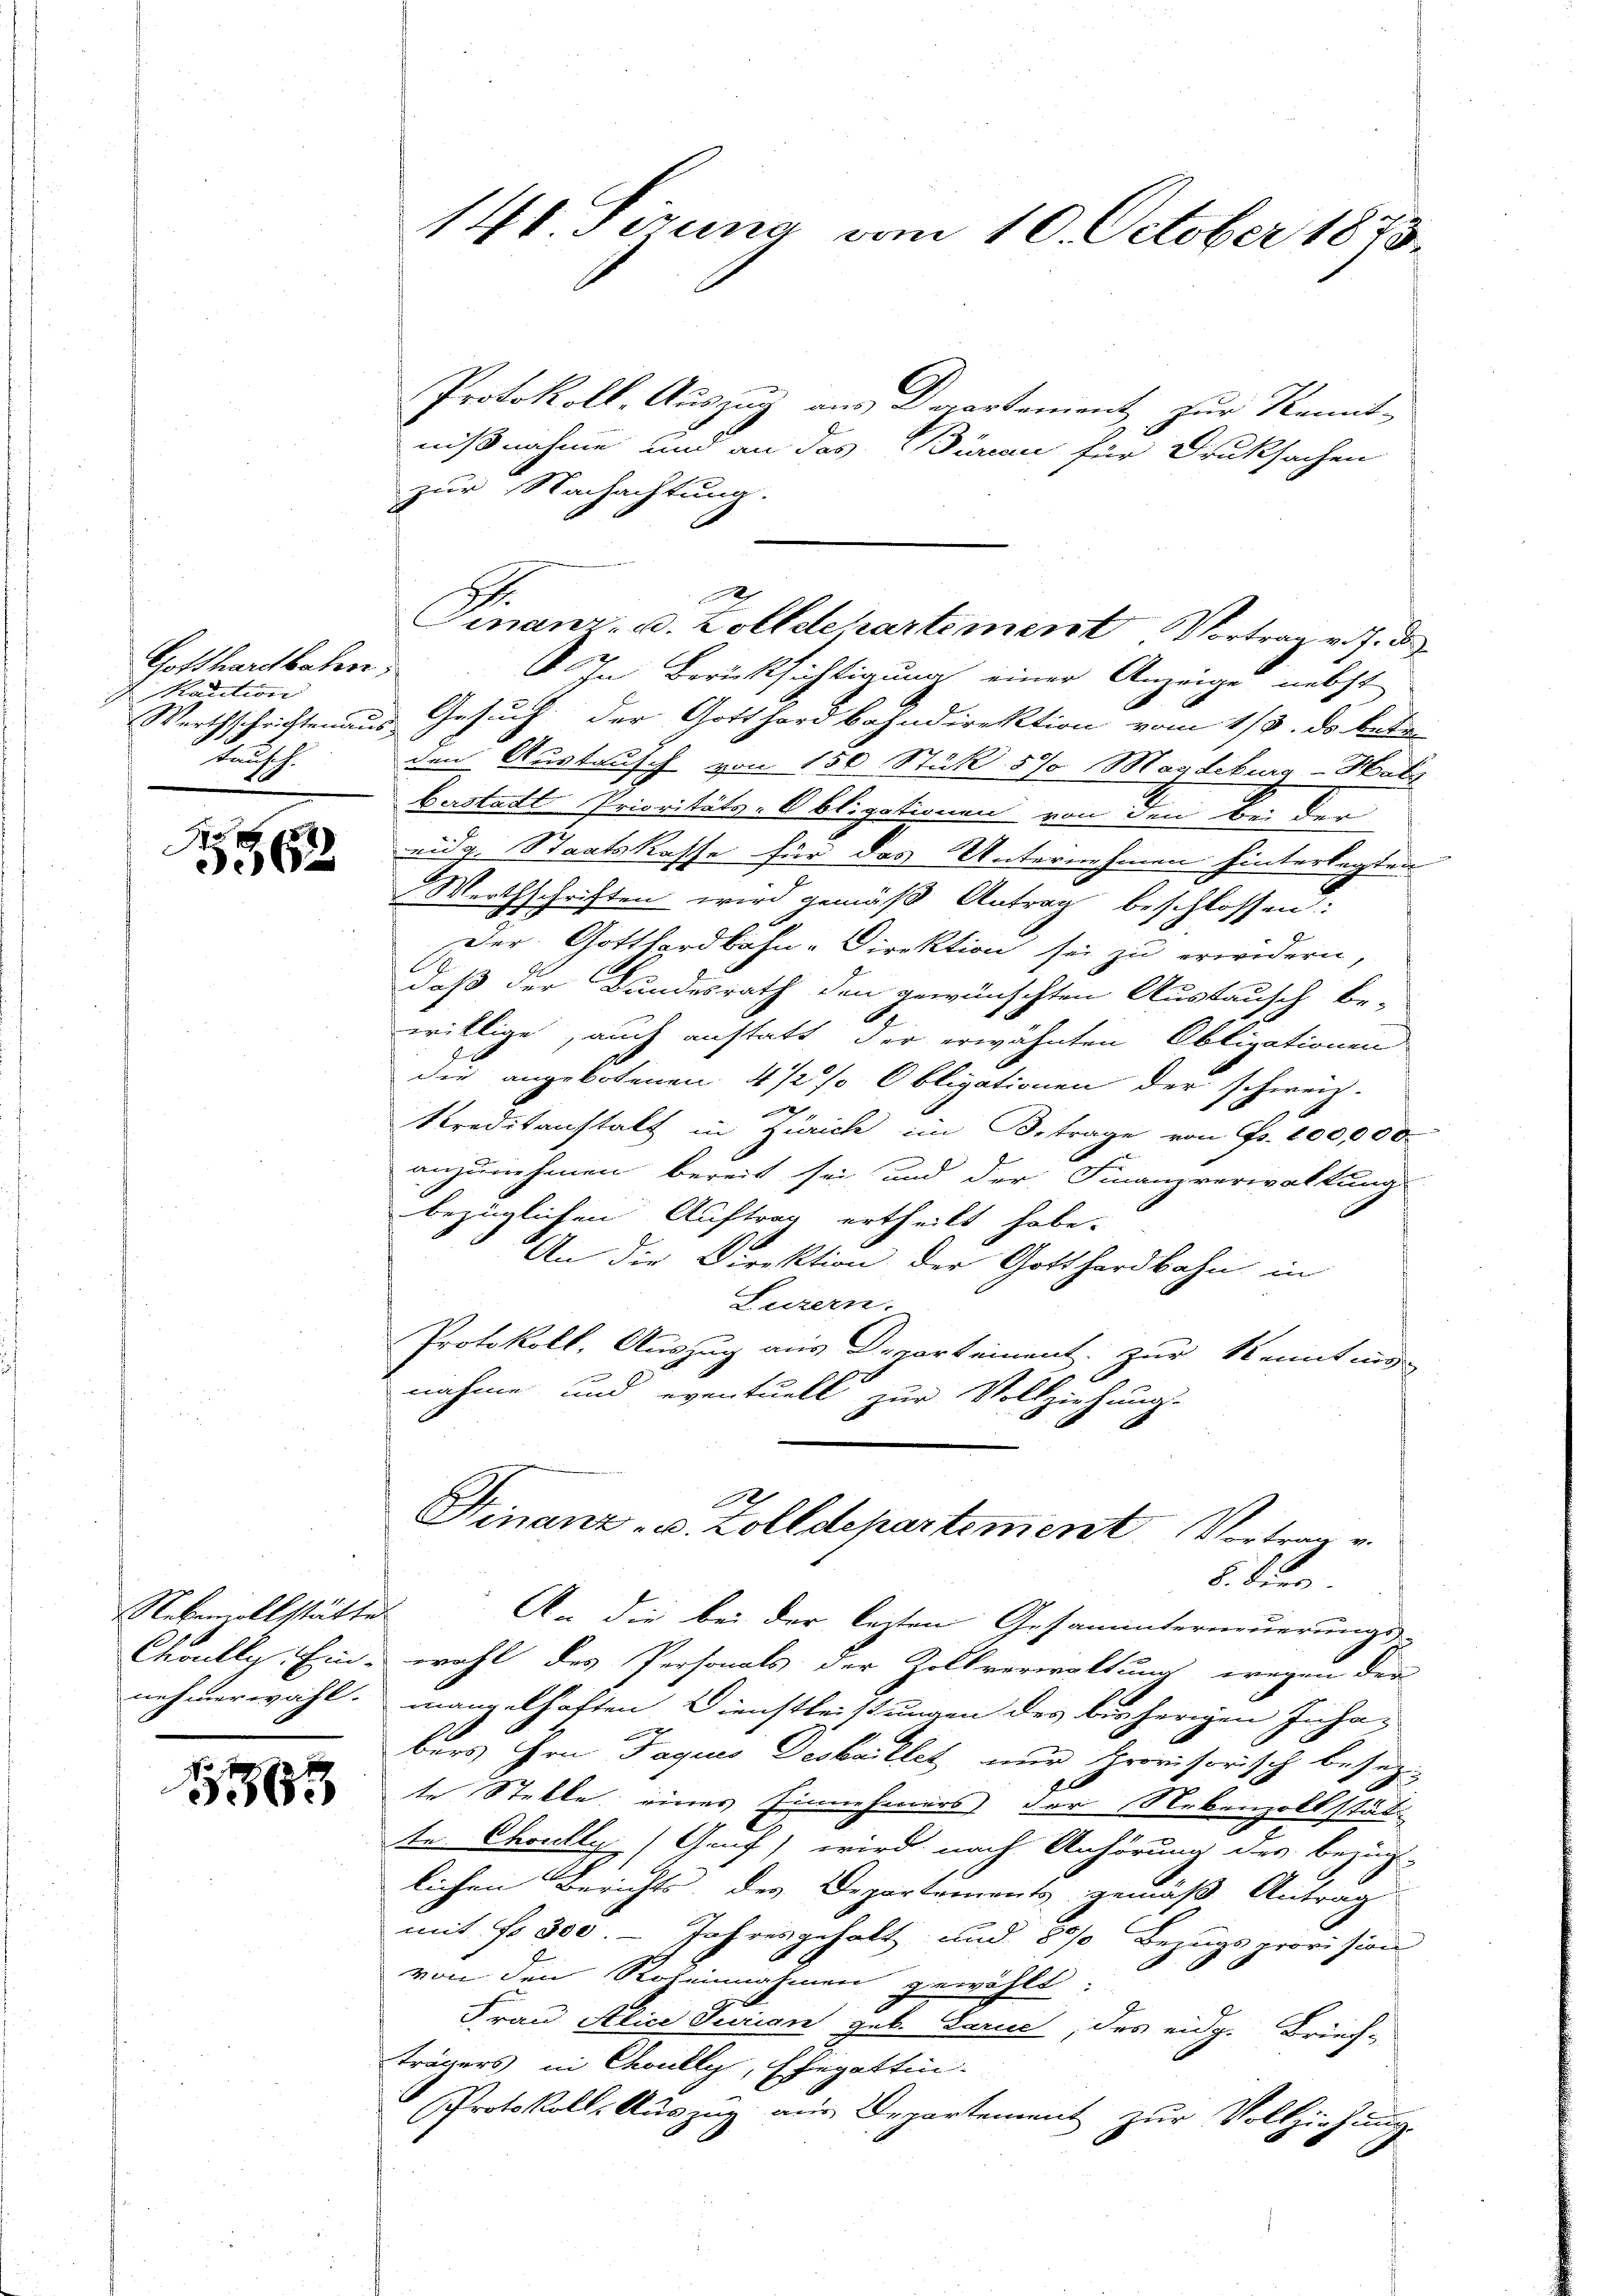
Gotthardbahen.
Kaution
Werthschrichten aus
tausch.

1
362

Nebenvollstätte
Choullis. Einnehmerwähl.

1563

141 sezung vom 10. October 1873.

Protokoll. Auszug aus Departement zur Kennt-
nißnahme und an das Büreau für Druksachen
zur Nachachtung.
4 Berücksichtigung einer Anzeige nebst
Gesuch der Gotthardbahndirektion vom 1/3. ds. betr
den Austausch von 150 Stük 5% Magdeburg-Hatz
Bastadt Prioritäts-Obligationen von den Bei der
eidg. Staatskasse für das Unternehmen hinterlegten
Werthschriften wird gemäß Antrag beschlossen:
Der Gotthardbahn-Direktion sei zu erwidern,
daß der Bundesrath den gewünschten Austausch be-
willige, auch anstatt der erwähnten Obligationen
die angebotenen 4 1/2% Obligationen der schweiz.
kreditanstalt in Zürich im Betrage von Fr. 100,000.
anzunehmen bereit sei und der Finanzverwaltung
bezüglichen Auftrag ertheilt habe.
An die Direktion der Gotthardbahn in
Luzern.
Protokoll, Auszug aus Departement zur Kenntnis
nahme und eventuell zur Vollziehung.

Finanz- u. Zolldepartement Vortrag v. J. da

0
Finanz- u. Zolldepartement Vortrag u.
5. dies

i
An die bei der lezten Gesammterneuerungs-
wahl des Personals der Zollverwaltung wegen der
mangelhaften Dienstleistungen des bisherigen Inha-
bers Hrn. Paques Desbaillet nur provisorisch besezte Stelle eines Einnehmers der Nebenzollstät
te Choulle (Genf) wird nach Anhörung des bezüg-
lichen Berichts, des Departements gemäß Antrag
mit No. 300. - Jahresgehalt und 800 Bezugsprovision
von den Roteinnahmen gewählt:
Frau Alice Jurian geb. Larue, des eidg. Brief-
trägers in Choully, Ehegattin.
Protokoll, Auszug aus Departement zur Vollziehung.